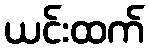
ယင်းထက်